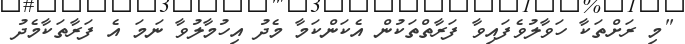
"މި ރަށްތަކާ ހަވާލުވެފައިވާ ފަރާތްތަކުން އެކަންކަމާ މެދު އިހުމާލުވާ ނަމަ އެ ފަރާތަކާމެދު